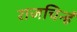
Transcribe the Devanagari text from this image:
राजचिन्हं